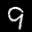
Label: 9